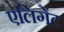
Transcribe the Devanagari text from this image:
एलिगेंट